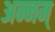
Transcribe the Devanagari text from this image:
अन्नम्